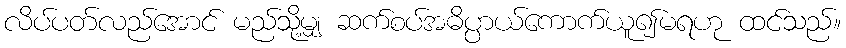
လိပ်ပတ်လည်အောင် မည်သို့မျှ ဆက်စပ်အဓိပ္ပာယ်ကောက်ယူ၍မရဟု ထင်သည်။